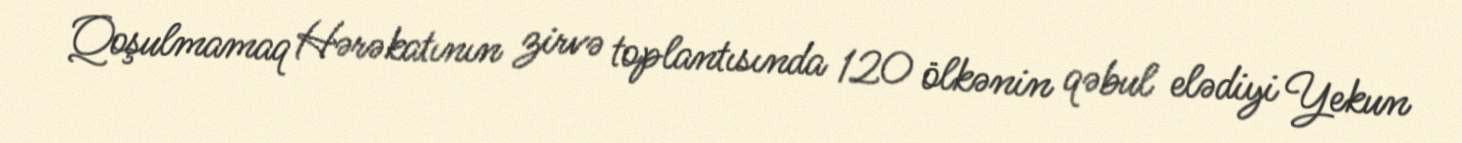
Qoşulmamaq Hərəkatının zirvə toplantısında 120 ölkənin qəbul elədiyi Yekun